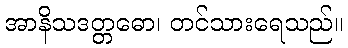
အာနိသဒတ္တဓော၊ တင်သားရေသည်။